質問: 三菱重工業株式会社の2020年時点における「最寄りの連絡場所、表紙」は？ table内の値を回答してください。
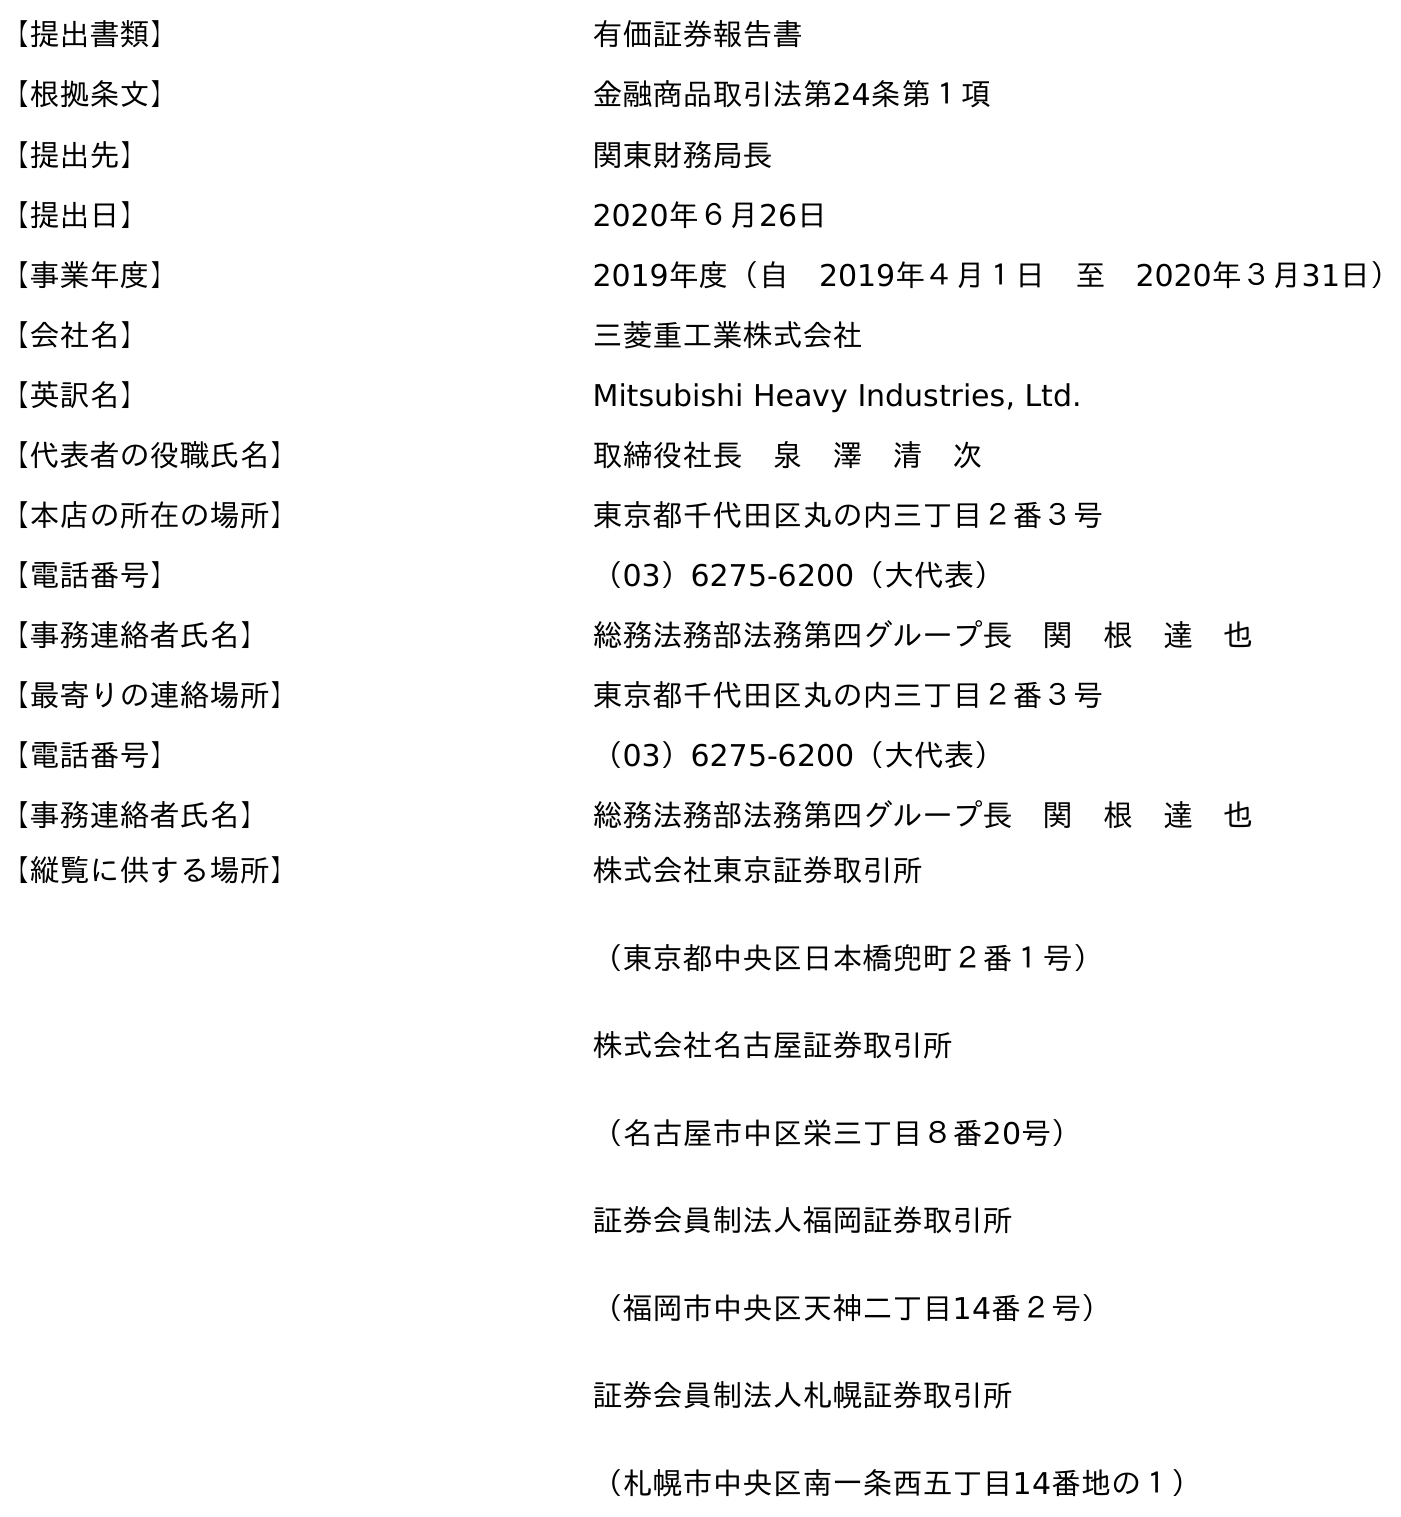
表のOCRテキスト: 【提出書類】 有価証券報告書 【根拠条文】 金融商品取引法第24条第１項 【提出先】 関東財務局長 【提出日】 2020年６月26日 【事業年度】 2019年度（自 2019年４月１日 至 2020年３月31日） 【会社名】 三菱重工業株式会社 【英訳名】 Mitsubishi Heavy Industries, Ltd. 【代表者の役職氏名】 取締役社長 泉 澤 清 次 【本店の所在の場所】 東京都千代田区丸の内三丁目２番３号 【電話番号】 （03）6275-6200（大代表） 【事務連絡者氏名】 総務法務部法務第四グループ長 関 根 達 也 【最寄りの連絡場所】 東京都千代田区丸の内三丁目２番３号 【電話番号】 （03）6275-6200（大代表） 【事務連絡者氏名】 総務法務部法務第四グループ長 関 根 達 也 【縦覧に供する場所】 株式会社東京証券取引所 （東京都中央区日本橋兜町２番１号） 株式会社名古屋証券取引所 （名古屋市中区栄三丁目８番20号） 証券会員制法人福岡証券取引所 （福岡市中央区天神二丁目14番２号） 証券会員制法人札幌証券取引所 （札幌市中央区南一条西五丁目14番地の１）
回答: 東京都千代田区丸の内三丁目２番３号